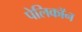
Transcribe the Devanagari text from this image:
पेलिकॉन